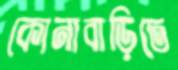
কোনাবাড়িতে